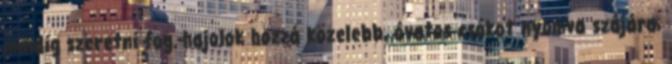
mindig szeretni fog.-hajolok hozzá közelebb, óvatos csókot nyomva szájára,